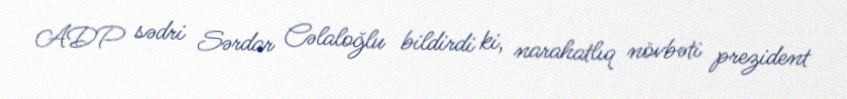
ADP sədri Sərdar Cəlaloğlu bildirdi ki, narahatlıq növbəti prezident